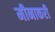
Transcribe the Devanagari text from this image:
मीनाकरी